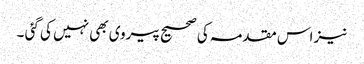
نیز اس مقدمہ کی صحیح پیروی بھی نہیں کی گئی ۔